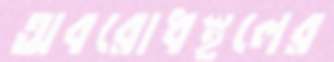
অবরোধস্থলের